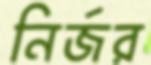
নির্জর